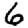
Digit: 6